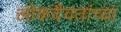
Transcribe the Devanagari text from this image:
लोकदैवतांच्या